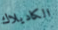
الكاديلاك